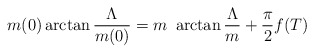
\begin{align*}m(0)\arctan\frac{\Lambda}{m(0)}= m \ \arctan\frac{\Lambda}{m}+\frac{\pi}{2}f(T)\end{align*}